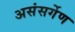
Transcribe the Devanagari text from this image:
असंसर्गेण